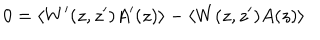
LaTeX: 0 = \langle W ^ { \prime } ( z , z ^ { \prime } ) A ^ { \prime } ( z ) \rangle - \langle W ( z , z ^ { \prime } ) A ( z ) \rangle